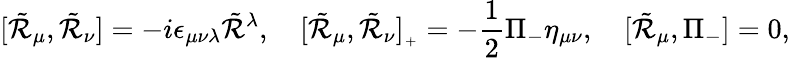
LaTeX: [\tilde{\cal R}_{\mu},\tilde{\cal R}_{\nu}]=-i\epsilon_{\mu\nu\lambda}\tilde{\cal R}{}^{\lambda},\quad[\tilde{\cal R}_{\mu},\tilde{\cal R}_{\nu}]_{{}_{+}}=-\frac{1}{2}\Pi_{-}\eta_{\mu\nu},\quad[\tilde{\cal R}_{\mu},\Pi_{-}]=0,